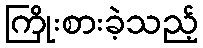
ကြိုးစားခဲ့သည့်